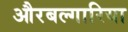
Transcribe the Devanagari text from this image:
औरबल्गारिया